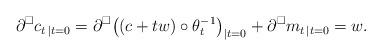
LaTeX: \begin{align*}\partial^\square c_{t \, |t=0} = \partial^\square \big( (c+tw) \circ \theta_t^{-1} \big)_{|t=0} + \partial^\square m_{t \, |t=0}= w.\end{align*}